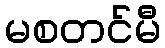
မစတင်မီ